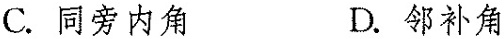
C.同旁内角 D.邻补角